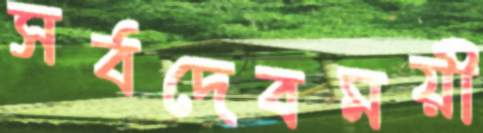
সর্বদেবময়ী